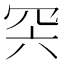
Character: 𦊇